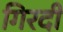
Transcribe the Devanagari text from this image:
गिरदी